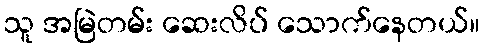
သူ အမြဲတမ်း ဆေးလိပ် သောက်နေတယ်။